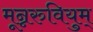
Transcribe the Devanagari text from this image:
मून्नरुवियुम्